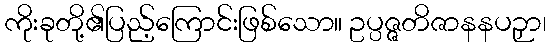
ကိုးခုတို့၏ပြည့်ကြောင်းဖြစ်သော။ ဥပ္ပဇ္ဇတိဇာနနပဉှာ၊